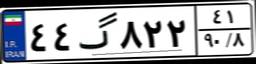
۴۴گ۸۲۲۴۱